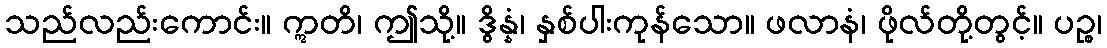
သည်လည်းကောင်း။ ဣတိ၊ ဤသို့။ ဒွိန္နံ၊ နှစ်ပါးကုန်သော။ ဖလာနံ၊ ဖိုလ်တို့တွင့်။ ပဉ္စ၊